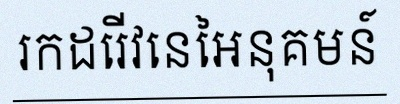
រកដេរីវេនៃអនុគមន៍